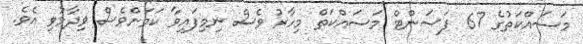
މަސައްކަތުގެ 67 ޕަސަންޓް މަސައްކަތް މިހާރު ވެސް ނިމިފައިވާ ކަމަށްވެސް ވިދާޅުވި އެވެ.